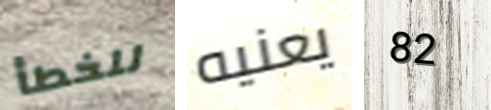
للخطأ يعنيه 82